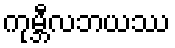
ကုမ္ဘီလဘယဿ